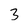
Character: 3